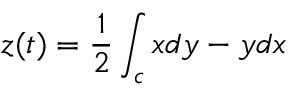
z ( t ) = { \frac { 1 } { 2 } } \int _ { c } x d y - y d x